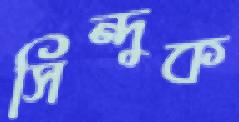
সিন্দুক